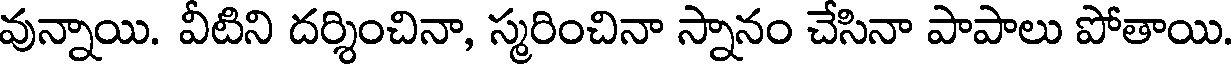
వున్నాయి. వీటిని దర్శించినా, స్మరించినా స్నానం చేసినా పాపాలు పోతాయి